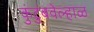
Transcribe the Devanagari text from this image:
कुंटुंबवेल्हाळ